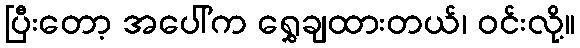
ပြီးတော့ အပေါ်က ရွှေချထားတယ်၊ ဝင်းလို့။